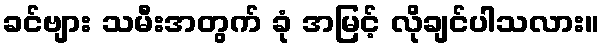
ခင်ဗျား သမီးအတွက် ခုံ အမြင့် လိုချင်ပါသလား။